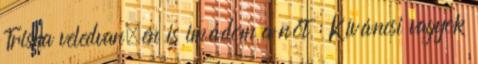
Trisha veledvan.én is imádom a nőt : Kíváncsi vagyok